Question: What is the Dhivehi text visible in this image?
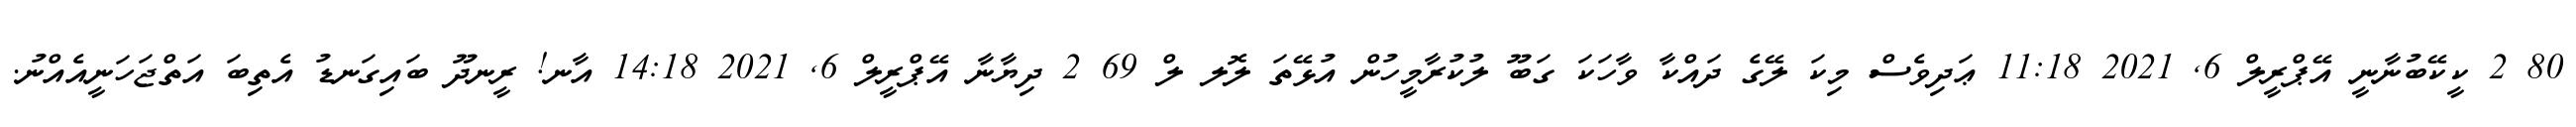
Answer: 80 2 ކީކޭބުނާނީ އޭޕްރީލް 6, 2021 11:18 ޢަދިވެސް މިކަ ލޭގެ ދައްކާ ވާހަކަ ގަބޫ ލުކުރާމީހުން އުޅޭތަ ލޮލ ލް 69 2 ދިޔާނާ އޭޕްރީލް 6, 2021 14:18 އާނ! ރީނދޫ ބައިގަނޑު އެތިބަ އަތްޖަހަނީއެއްނު.